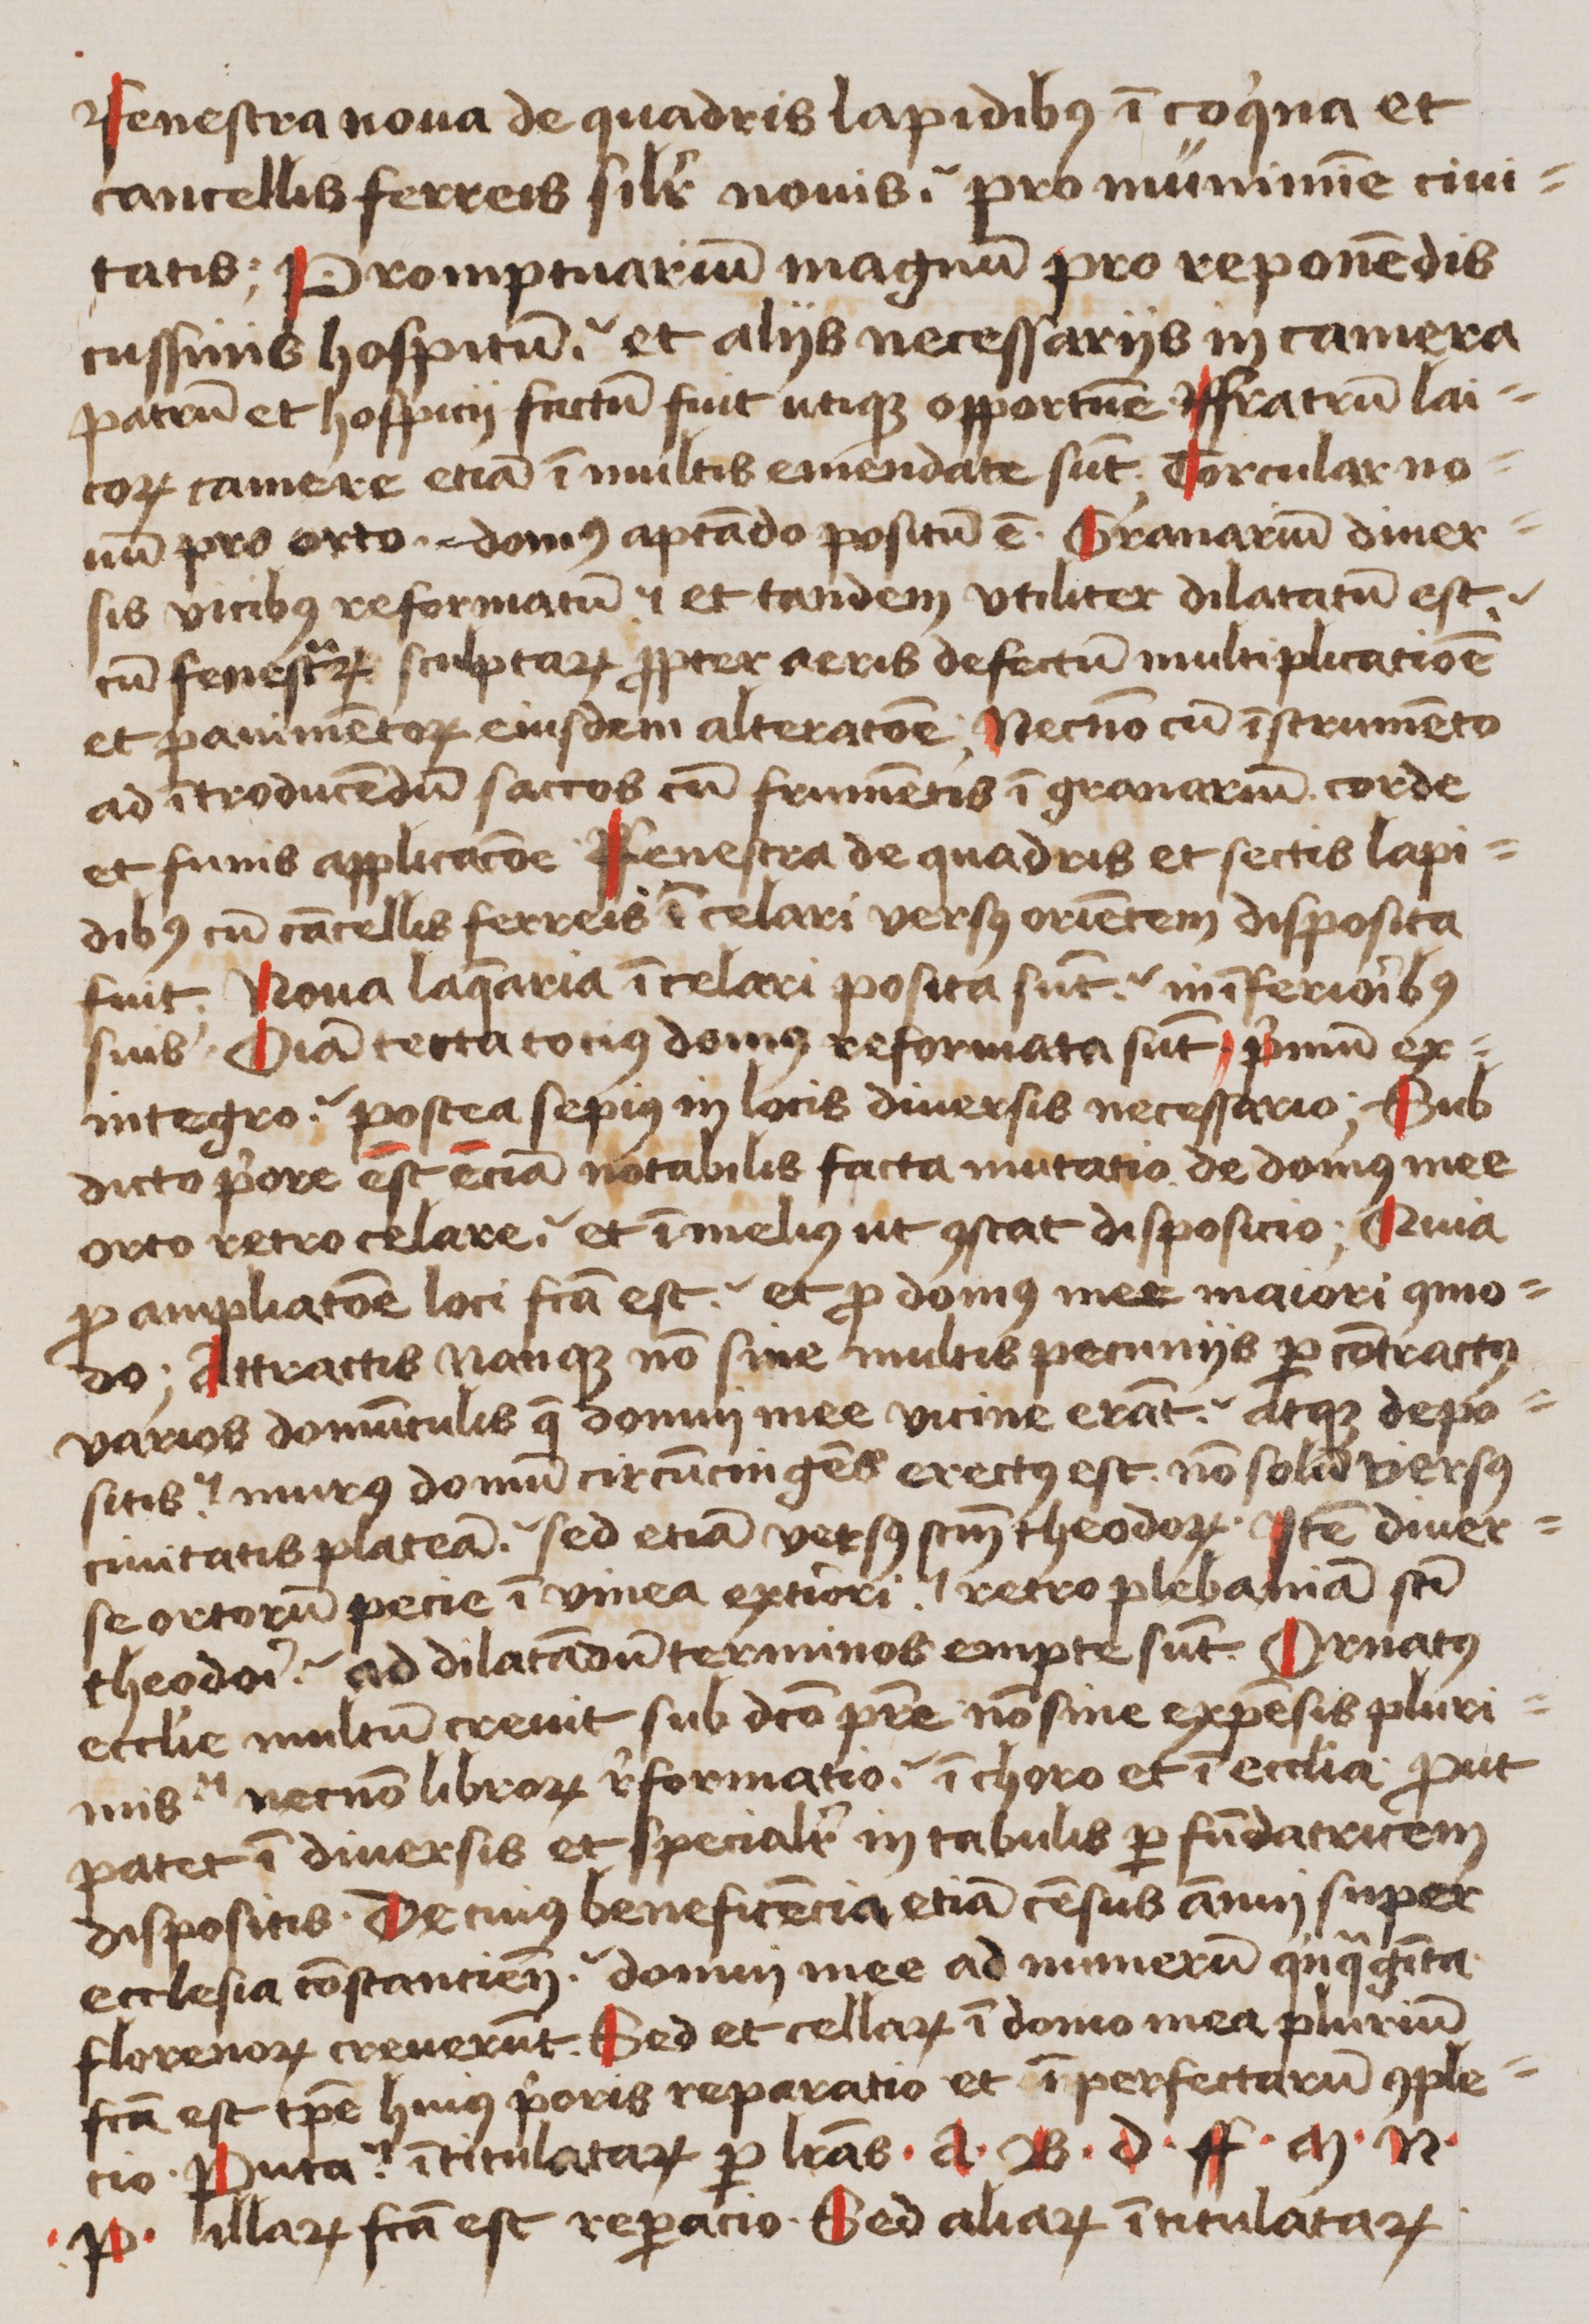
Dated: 1480–1526